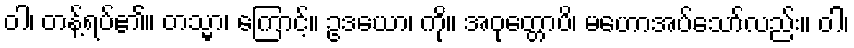
ဝါ၊ တန့်ရပ်၏။ တသ္မာ၊ ကြောင့်။ ဥဒယော၊ ကို။ အဝုတ္တောပိ၊ မဟောအပ်သော်လည်း။ ဝါ၊